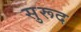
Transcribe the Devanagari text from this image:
सुरूद